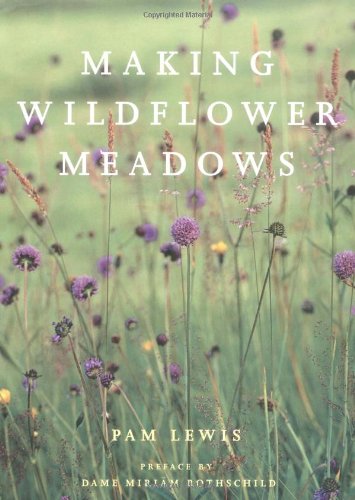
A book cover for Making Wildflower Meadows; Pam Lewis; Crafts, Hobbies & Home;